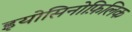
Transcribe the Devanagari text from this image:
इयोसिनोफ़िलिक